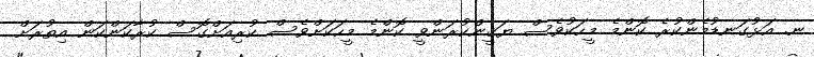
ނ. އަޅުގަނޑުމެންކުރެ ކޮންމެ މީހަކުވެސް ޔަޤީންކުރަންވީ ކޮންމެ މީހަކަށްވެސް ކުރިއަށްގޮސް ކުރާކަންކަން އިތުރަށް